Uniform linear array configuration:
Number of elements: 24
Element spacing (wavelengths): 0.5
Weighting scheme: cosine
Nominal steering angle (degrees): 60
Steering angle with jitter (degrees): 60.628
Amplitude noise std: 0.05
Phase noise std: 0.05

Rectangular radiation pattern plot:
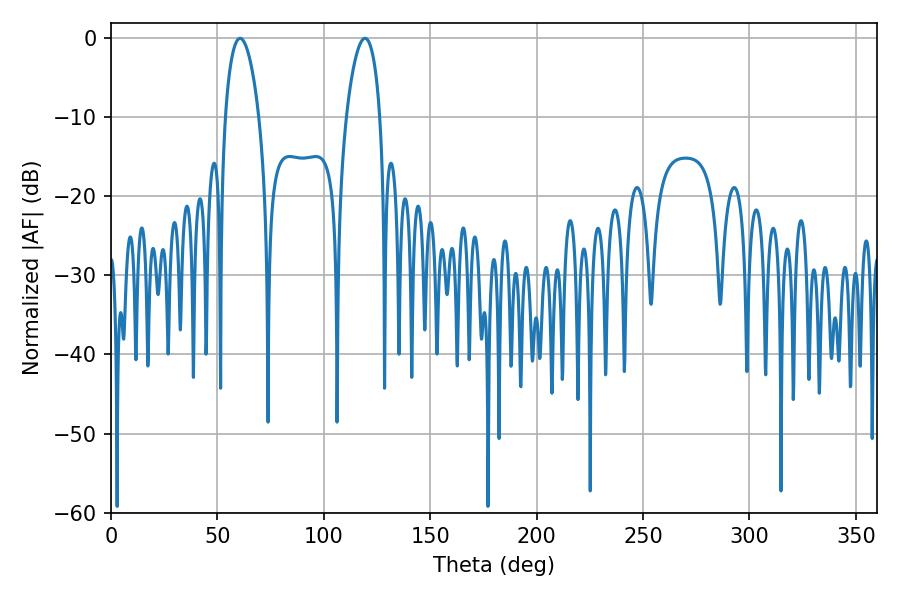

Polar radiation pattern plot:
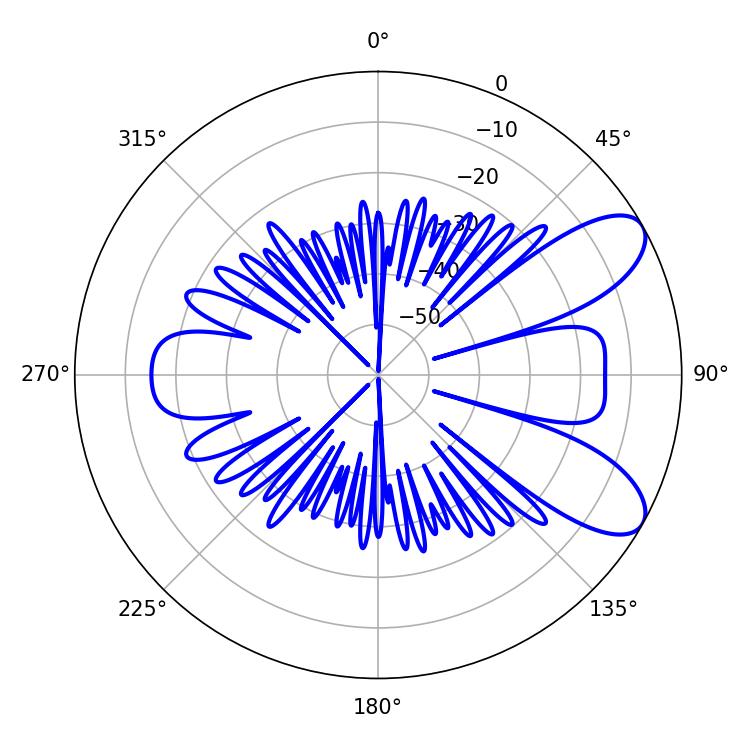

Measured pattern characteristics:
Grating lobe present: FALSE
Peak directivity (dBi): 8.39
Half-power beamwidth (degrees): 9
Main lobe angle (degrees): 60.66